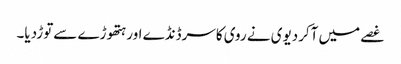
غصے میں آکردیوی نے روی کاسرڈنڈے اورہتھوڑے سےتوڑدیا۔